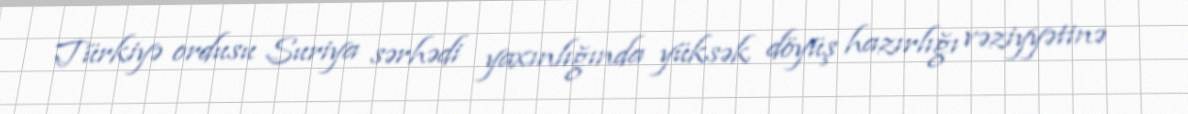
Türkiyə ordusu Suriya sərhədi yaxınlığında yüksək döyüş hazırlığı vəziyyətinə